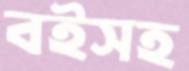
বইসহ